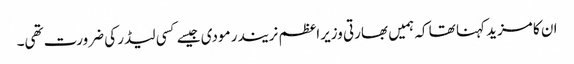
ان کا مزید کہنا تھا کہ ہمیں بھارتی وزیراعظم نریندر مودی جیسے کسی لیڈر کی ضرورت تھی۔